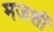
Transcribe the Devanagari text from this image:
मजशीं